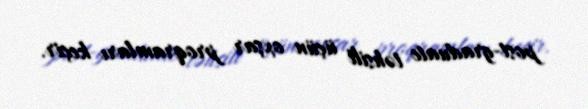
post-graduate təhsili üçün oxşar proqramları keçir.